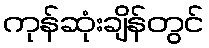
ကုန်ဆုံးချိန်တွင်